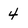
Character: 4